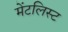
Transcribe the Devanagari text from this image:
मेंटलिस्ट